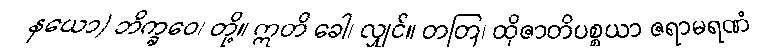
နယော) ဘိက္ခဝေ၊ တို့။ ဣတိ ခေါ၊ လျှင်။ တတြ၊ ထိုဇာတိပစ္စယာ ဇရာမရဏံ